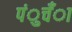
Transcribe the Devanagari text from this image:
पंुचँा